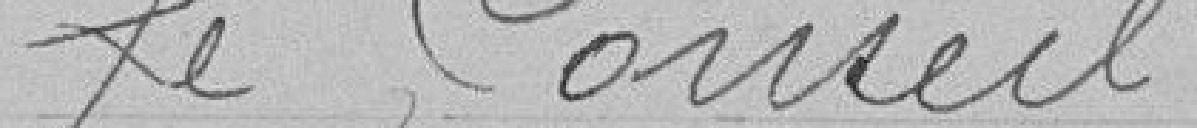
Le Conseil,